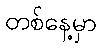
တစ်နေ့မှာ